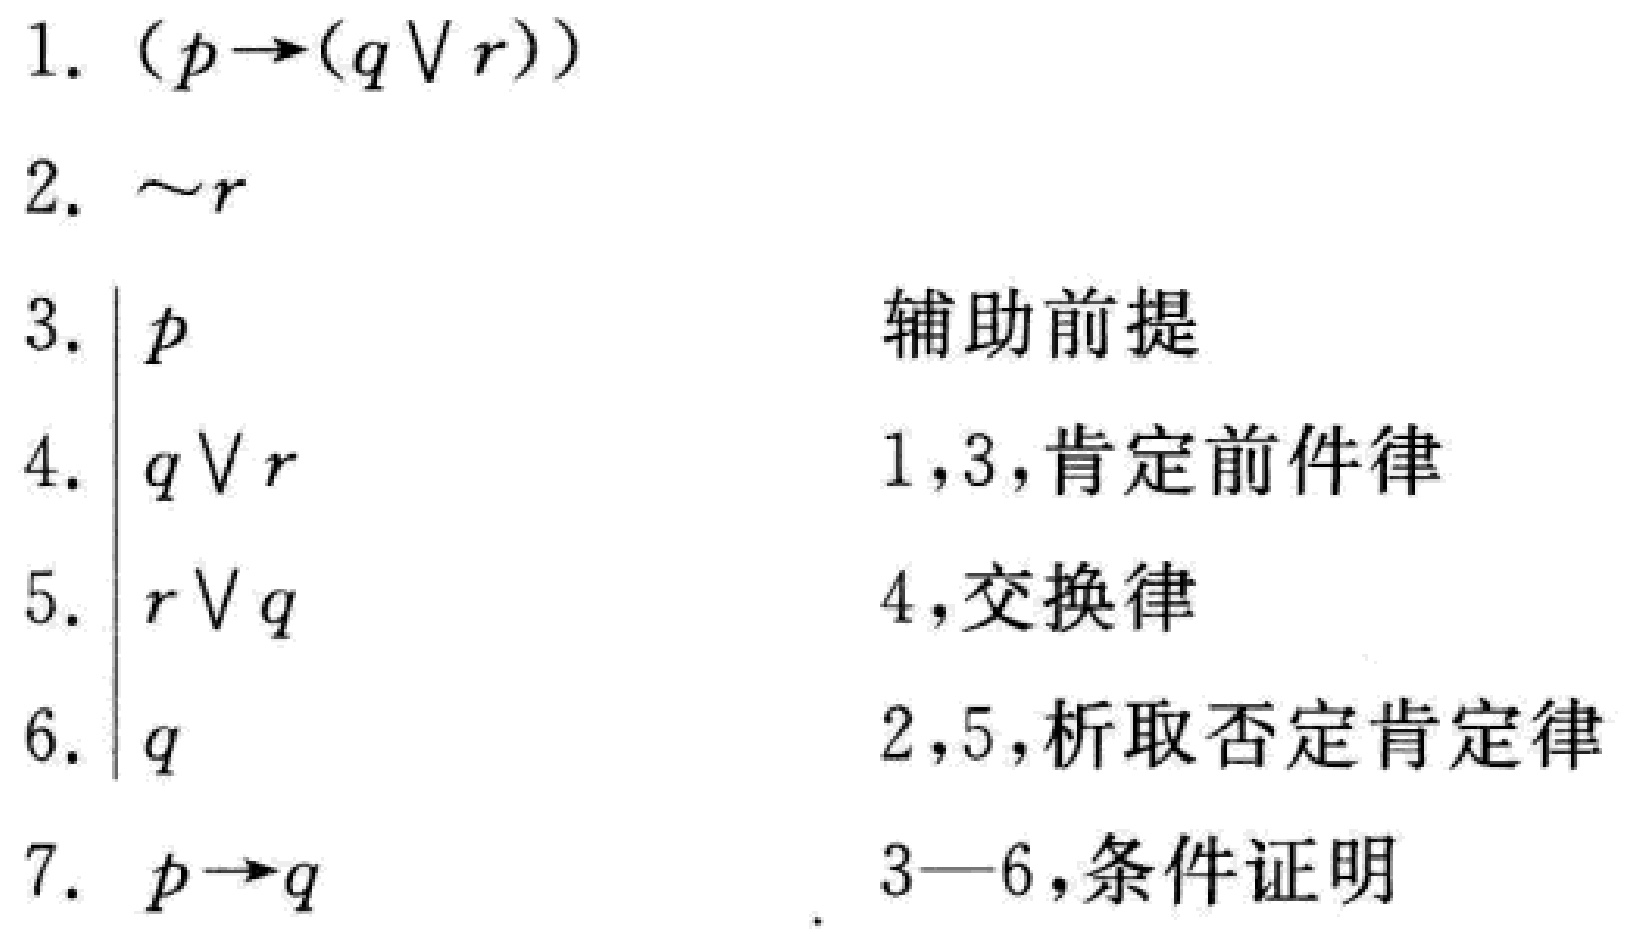
\begin{enumerate}
\item $(p\rightarrow(q\vee r))$
\item $\sim r$
\item $\vert p$ \hfill 辅助前提
\item $\vert q\vee r$ \hfill 1,3,肯定前件律
\item $\vert r\vee q$ \hfill 4,交换律
\item $\vert q$ \hfill 2,5,析取否定肯定律
\item $p\rightarrow q$ \hfill 3—6,条件证明
\end{enumerate}